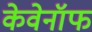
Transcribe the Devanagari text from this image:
केवेनॉफ